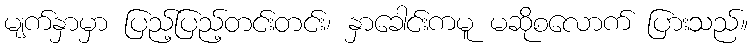
မျက်နှာမှာ ပြည့်ပြည့်တင်းတင်း၊ နှာခေါင်းကမူ မဆိုစလောက် ပြားသည်။